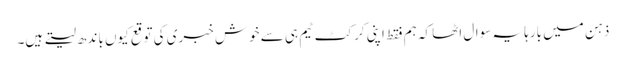
ذہن میں بارہا یہ سوال اٹھا کہ ہم فقط اپنی کرکٹ ٹیم ہی سے خوش خبری کی توقع کیوں باندھ لیتے ہیں۔